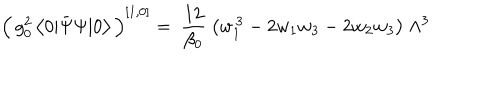
\Big ( \, g _ { 0 } ^ { 2 } \, \big < 0 | \bar { \Psi } \Psi | 0 \big > \, \Big ) ^ { [ 1 , 0 ] } = \ \frac { 1 2 } { \beta _ { 0 } } \ \big ( w _ { 1 } ^ { \, 3 } - 2 w _ { 1 } w _ { 3 } - 2 w _ { 2 } w _ { 3 } \big ) \ \Lambda ^ { 3 }